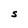
Character: s